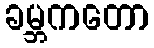
ခမ္ဘကတော